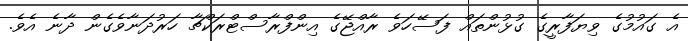
އެ ގައުމުގެ ވިޔަފާރީގެ ގުޅުންތައް ފަސޭހަވެ ރާއްޖޭގެ އިންފްރާސްޓްރަކްޗާ ހަރުދަނާވެގެން ދާނެ އެވެ.